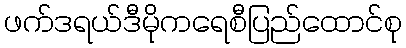
ဖက်ဒရယ်ဒီမိုကရေစီပြည်ထောင်စု